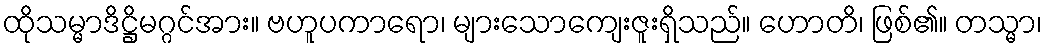
ထိုသမ္မာဒိဋ္ဌိမဂ္ဂင်အား။ ဗဟူပကာရော၊ များသောကျေးဇူးရှိသည်။ ဟောတိ၊ ဖြစ်၏။ တသ္မာ၊